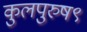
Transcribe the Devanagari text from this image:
कुलपुरुष९